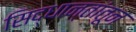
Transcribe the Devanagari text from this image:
सिद्धान्तांतून